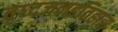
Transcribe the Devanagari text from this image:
वृध्दजनइतिहास